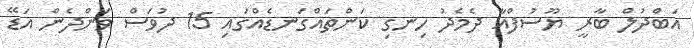
އަބްދުލް ބާރީ ޔޫސުފްއާ ދެމެދު ހިނގި ކަންތައްގަނޑެއްގައި 15 ދުވަސް ވަންދެން އަޑޭ